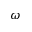
\omega